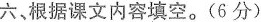
六，根据课文内容填空。(6分)